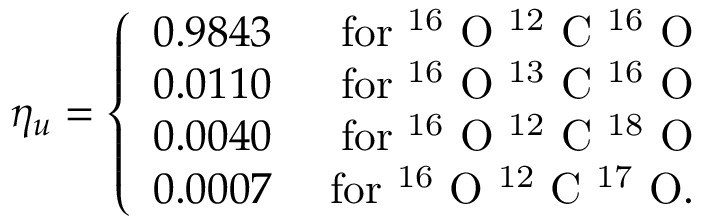
\eta _ { u } = \left\{ \begin{array} { r r } { 0 . 9 8 4 3 } & { \mathrm { ~ f o r ~ ^ { 1 6 } ~ O ~ ^ { 1 2 } ~ C ~ ^ { 1 6 } ~ O } } \\ { 0 . 0 1 1 0 } & { \mathrm { ~ f o r ~ ^ { 1 6 } ~ O ~ ^ { 1 3 } ~ C ~ ^ { 1 6 } ~ O } } \\ { 0 . 0 0 4 0 } & { \mathrm { ~ f o r ~ ^ { 1 6 } ~ O ~ ^ { 1 2 } ~ C ~ ^ { 1 8 } ~ O } } \\ { 0 . 0 0 0 7 } & { \mathrm { ~ f o r ~ ^ { 1 6 } ~ O ~ ^ { 1 2 } ~ C ~ ^ { 1 7 } ~ O } . } \end{array} \right.